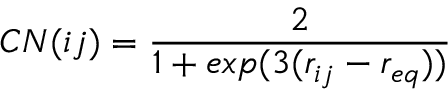
C N ( i j ) = \frac { 2 } { 1 + e x p ( 3 ( r _ { i j } - r _ { e q } ) ) }